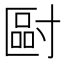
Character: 𡬿